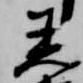
着